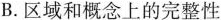
B.区域和概念上的完整性